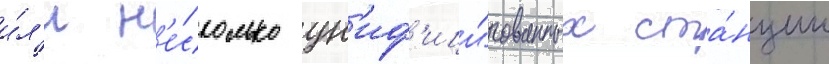
и́л'и н'е́сколько ун'иф'ици́рованных ста́нции